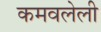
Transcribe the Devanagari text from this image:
कमवलेली